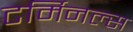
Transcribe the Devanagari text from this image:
टर्मिनल्‍स